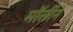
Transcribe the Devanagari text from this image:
मॉर्लीने